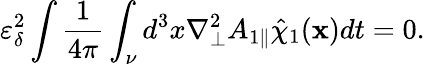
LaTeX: \varepsilon_{\delta}^{2}\intop\frac{1}{4\pi}\int_{\nu}d^{3}x\nabla_{\perp}^{2}{A}_{1\parallel}\hat{\chi}_{1}(\textbf{x})dt=0.